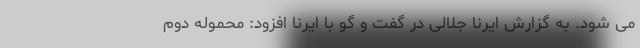
می شود. به گزارش ایرنا جلالی در گفت و گو با ایرنا افزود: محموله دوم